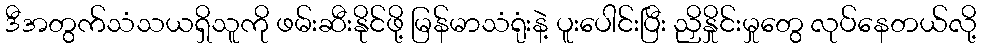
ဒီအတွက်သံသယရှိသူကို ဖမ်းဆီးနိုင်ဖို့ မြန်မာသံရုံးနဲ့ ပူးပေါင်းပြီး ညှိနှိုင်းမှုတွေ လုပ်နေတယ်လို့